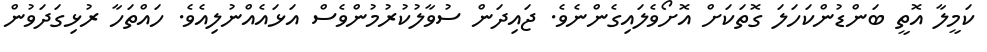
ކަމީލާ އޮތީ ބަންޑުންކަހަލަ ގޮތަކަށް އޮށޯވެލައިގެންނެވެ. ޖައިދަން ސުވާލުކުރުމުންވެސް އަޅައެއްނުލިއެވެ. ހައްތަހާ ރުޅިގަދަވުން